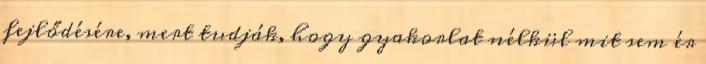
fejlődésére, mert tudják, hogy gyakorlat nélkül mit sem ér